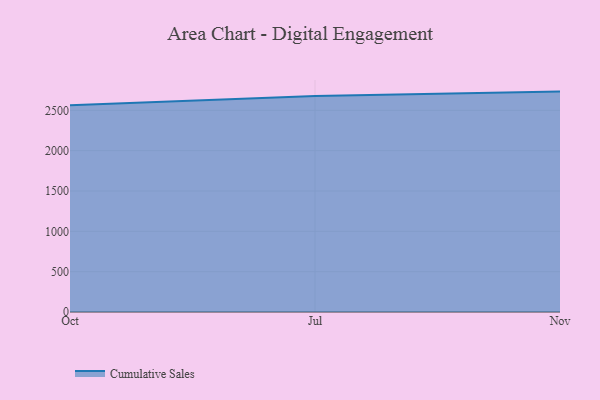
{"axis": {"x": "Month", "y": "Churn Rate (%)"}, "legend": ["Cumulative Sales"], "data": [{"x": "Oct", "y": 2563.1, "type": "Cumulative Sales"}, {"x": "Jul", "y": 2677.2, "type": "Cumulative Sales"}, {"x": "Nov", "y": 2732.0, "type": "Cumulative Sales"}]}